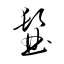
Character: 髷